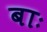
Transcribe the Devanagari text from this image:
बाः